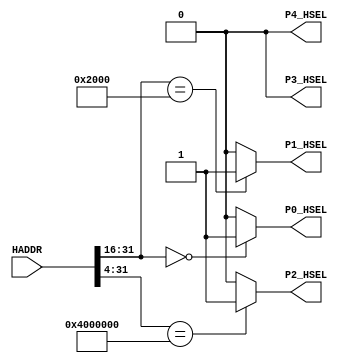
module AHBlite_Decoder
#(
    /*RAMCODE enable parameter*/
    parameter Port0_en = 1,
    /************************/

    /*RAMDATA  enable parameter*/
    parameter Port1_en = 1,
    /************************/

    /*WaterLight enable parameter*/
    parameter Port2_en = 1,
    /************************/

    /*UART enable parameter*/
    parameter Port3_en=0,
    /************************/

    /*GPIO enable parameter*/
    parameter Port4_en=0
    /************************/

    
)(
    input [31:0] HADDR,

    /*RAMCODE OUTPUT SELECTION SIGNAL*/
    output wire P0_HSEL,

    /*WaterLight OUTPUT SELECTION SIGNAL*/
    output wire P1_HSEL,

    /*RAMDATA OUTPUT SELECTION SIGNAL*/
    output wire P2_HSEL,

    /*UART OUTPUT SELECTION SIGNAL*/
    output wire P3_HSEL,       

    /*UART OUTPUT SELECTION SIGNAL*/
    output wire P4_HSEL  
);

//RAMCODE-----------------------------------

//0x00000000-0x0000ffff
/*Insert RAMCODE decoder code there*/
assign P0_HSEL = (HADDR[31:16] == 16'h0000) ? Port0_en : 1'd0;
/***********************************/



//PERIPHRAL-----------------------------

//0X40000000 WaterLight MODE
//0x40000004 WaterLight SPEED
/*Insert WaterLight decoder code there*/
assign P2_HSEL = (HADDR[31:4] == 28'h4000000) ? Port2_en : 1'd0;
/***********************************/

//0X40000010 UART RX DATA
//0X40000014 UART TX STATE
//0X40000018 UART TX DATA
/*Insert UART decoder code there*/
assign P3_HSEL = 1'b0;
/***********************************/

//0x40000028 OUT  ENABLE
//0X40000024 IN DATA
//0X40000020 OUT DATA
/*Insert GPIO decoder code there*/
assign P4_HSEL =  1'd0;
/***********************************/

//RAMDATA-----------------------------
//0X20000000-0X2000FFFF
/*Insert RAMDATA decoder code there*/
assign P1_HSEL = (HADDR[31:16] == 16'h2000) ? Port1_en : 1'b0;
/***********************************/

endmodule